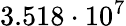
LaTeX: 3.518\cdot 10^{7}